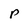
Character: p